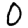
Digit: 0